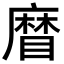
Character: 𥉵